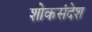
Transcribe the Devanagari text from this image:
शोकसंदेश